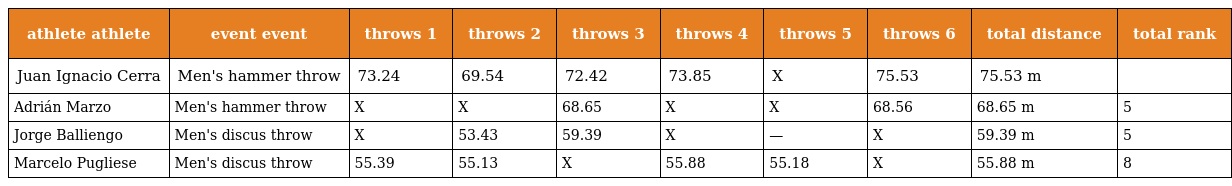
| athlete athlete | event event | throws 1 | throws 2 | throws 3 | throws 4 | throws 5 | throws 6 | total distance | total rank |
 | --- | --- | --- | --- | --- | --- | --- | --- | --- | --- |
 | Juan Ignacio Cerra | Men's hammer throw | 73.24 | 69.54 | 72.42 | 73.85 | X | 75.53 | 75.53 m |  |
 | Adrián Marzo | Men's hammer throw | X | X | 68.65 | X | X | 68.56 | 68.65 m | 5 |
 | Jorge Balliengo | Men's discus throw | X | 53.43 | 59.39 | X | — | X | 59.39 m | 5 |
 | Marcelo Pugliese | Men's discus throw | 55.39 | 55.13 | X | 55.88 | 55.18 | X | 55.88 m | 8 |